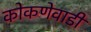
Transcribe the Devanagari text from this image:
कोकणेवाडी